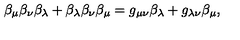
\beta _ { \mu } \beta _ { \nu } \beta _ { \lambda } + \beta _ { \lambda } \beta _ { \nu } \beta _ { \mu } = g _ { \mu \nu } \beta _ { \lambda } + g _ { \lambda \nu } \beta _ { \mu } ,